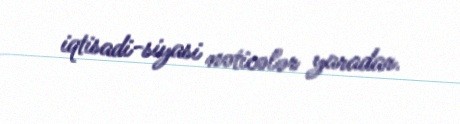
iqtisadi-siyasi nəticələr yaradar.